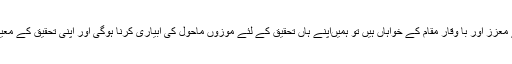
اس لئے اگر ہم تیزی سے ترقی کرتی دنیا میں اپنے لئے معزز اور با وقار مقام کے خواہاں ہیں تو ہمیںاپنے ہاں تحقیق کے لئے موزوں ماحول کی آبیاری کرنا ہوگی اور اپنی تحقیق کے معیاراور مقدارکو تخلیقی نقطہ نظر سے مضبوط کرنا ہوگا۔